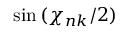
\sin { ( \chi _ { n k } / 2 ) }